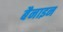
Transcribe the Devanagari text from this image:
बैनाइन